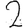
Digit: 2